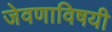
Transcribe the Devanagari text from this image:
जेवणाविषयी